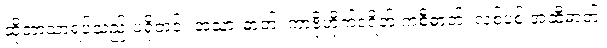
ထိုဘာသာရပ်သည် ပရိုတင်း အသားဓာတ်၊ ကာဗိုဟိုက်ဒရိတ် ကစီဓာတ်၊ လစ်ပစ် အဆီဓာတ်၊